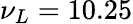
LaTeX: \nu_{L}=10.25